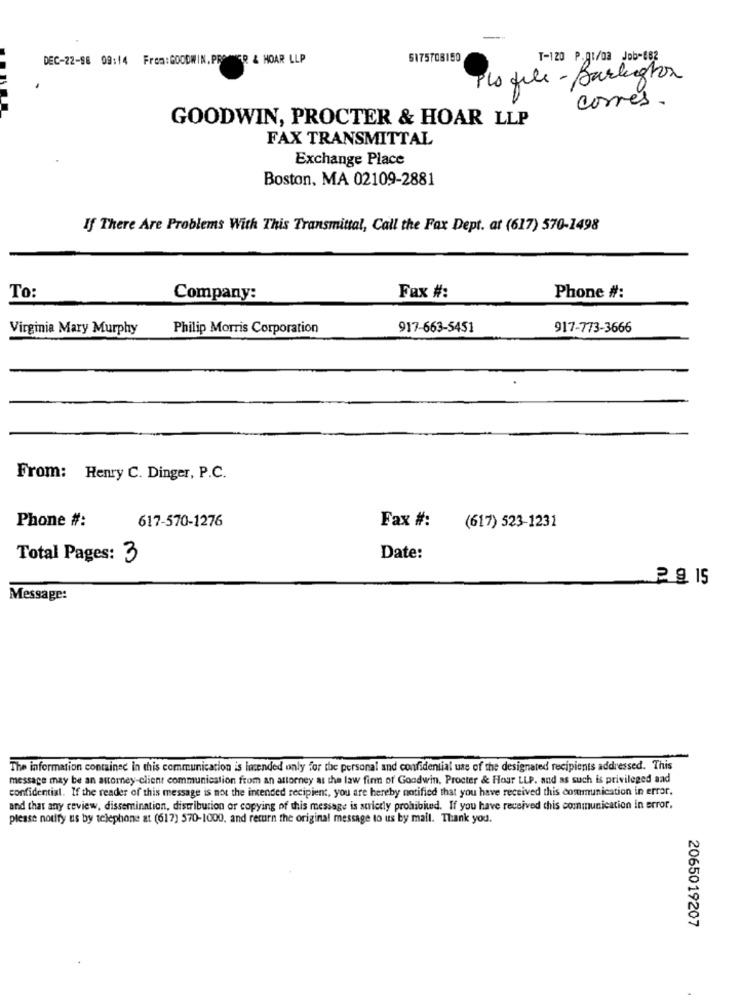
DEC-22-98 08:14 From:GOODWIN. PROMWGR & HOAR LLP
5175708150
T-120 P.q1/0a Job-882
Plo file- Burlington
corres.
GOODWIN, PROCTER & HOAR LLP
FAX TRANSMITTAL
Exchange Place
Boston, MA 02109-2881
If There Are Problems With This Transmittal, Call the Fax Dept. at (617) 570-1498
To:
Company:
Fax #:
Phone #:
Virginia Mary Murphy
Philip Morris Corporation
917-663-5451
917-773-3666
From: Henry C. Dinger, P.C.
Phone #:
617-570-1276
Fax #:
(617) 523-1231
Total Pages: 3
Date:
2 @ 15
Message:
-
The information contained in this communication is licended only for the personal and confidential use of the designated recipients addressed. This
message may be an attorney-client communication from an attorney as the law firm of Goodwin, Procter & Hour LLP. and as such is privileged and
confidential. If the reader of this message is not the intended recipient, you are hereby notified that you have received this communication in error,
and that any review, dissemination, distribution or copying of this message is strictly prohibited. If you have received this communication in error,
please notify us by telephone at (617) 570-1000, and return the original message to us by mail. Thank you.
2065019207